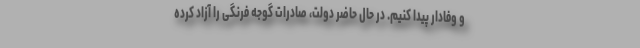
و وفادار پیدا کنیم. در حال حاضر دولت، صادرات گوجه فرنگی را آزاد کرده